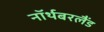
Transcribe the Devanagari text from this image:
नॉर्थबरलैंड